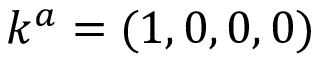
k ^ { a } = ( 1 , 0 , 0 , 0 )